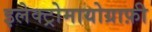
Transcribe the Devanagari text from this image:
इलेक्ट्रोमायोग्राफ़ी